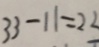
3 3 - 1 1 = 2 2